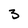
Character: 5